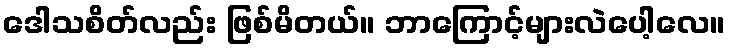
ဒေါသစိတ်လည်း ဖြစ်မိတယ်။ ဘာကြောင့်များလဲပေါ့လေ။